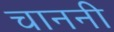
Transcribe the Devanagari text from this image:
चाननी